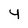
Character: 4